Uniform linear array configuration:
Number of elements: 12
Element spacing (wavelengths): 0.75
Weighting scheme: uniform
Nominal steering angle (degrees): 30
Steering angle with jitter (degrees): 30.517
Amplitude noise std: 0.05
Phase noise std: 0.05

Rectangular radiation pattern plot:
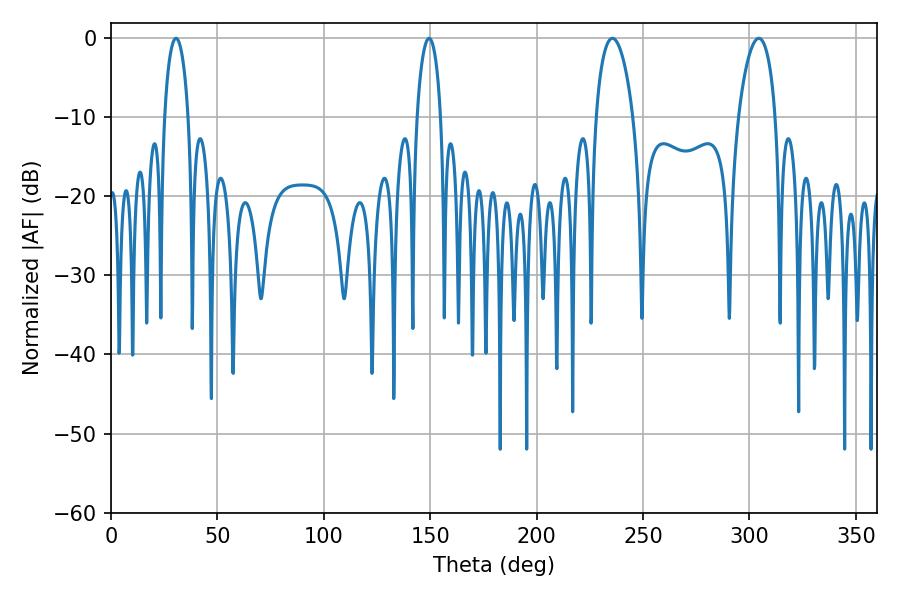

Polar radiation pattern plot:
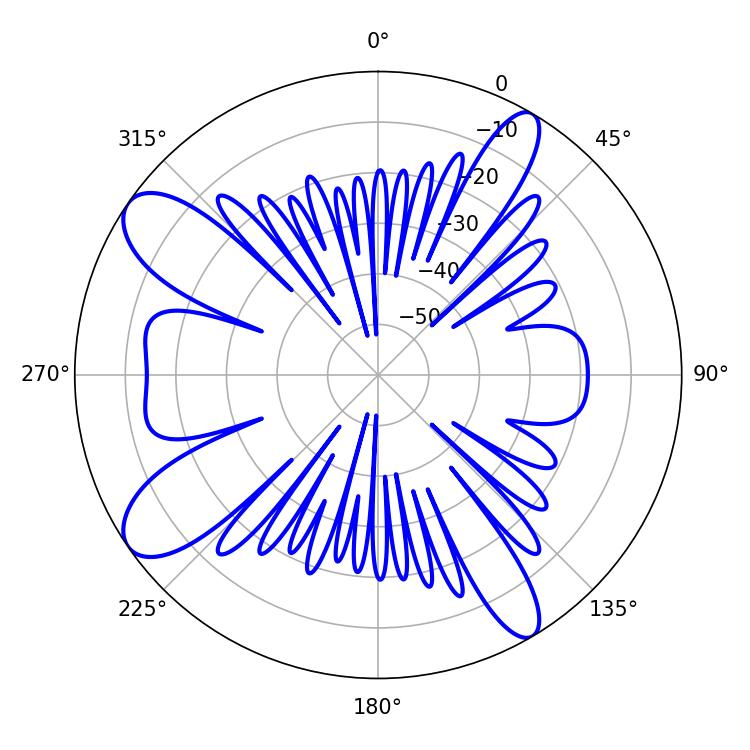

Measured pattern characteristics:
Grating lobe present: TRUE
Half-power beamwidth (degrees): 9.9
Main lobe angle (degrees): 235.62